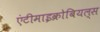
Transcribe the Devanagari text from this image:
एंटीमाइक्रोबियल्स